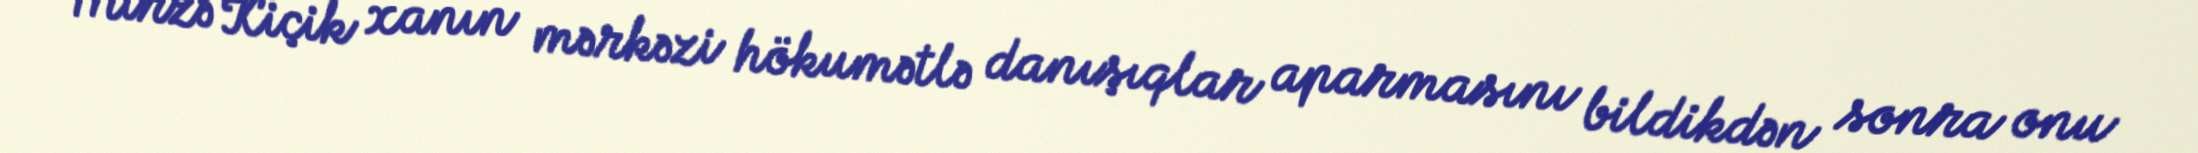
Mirzə Kiçik xanın mərkəzi hökumətlə danışıqlar aparmasını bildikdən sonra onu